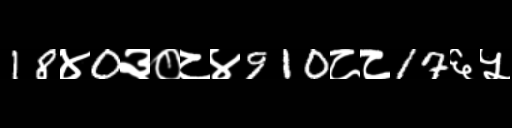
Text: 18४0३०८४910८८17६५